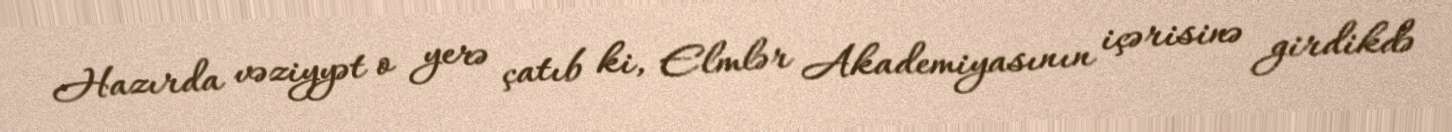
Hazırda vəziyyət o yerə çatıb ki, Elmlər Akademiyasının içərisinə girdikdə